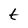
Character: t